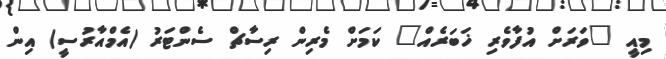
މިއީ "ވަރަށް އުފާވެރި ޚަބަރެއް" ކަމަށް މެރިން ރިސާޗް ސެންޓަރު (އެމްއާރުސީ) އިން